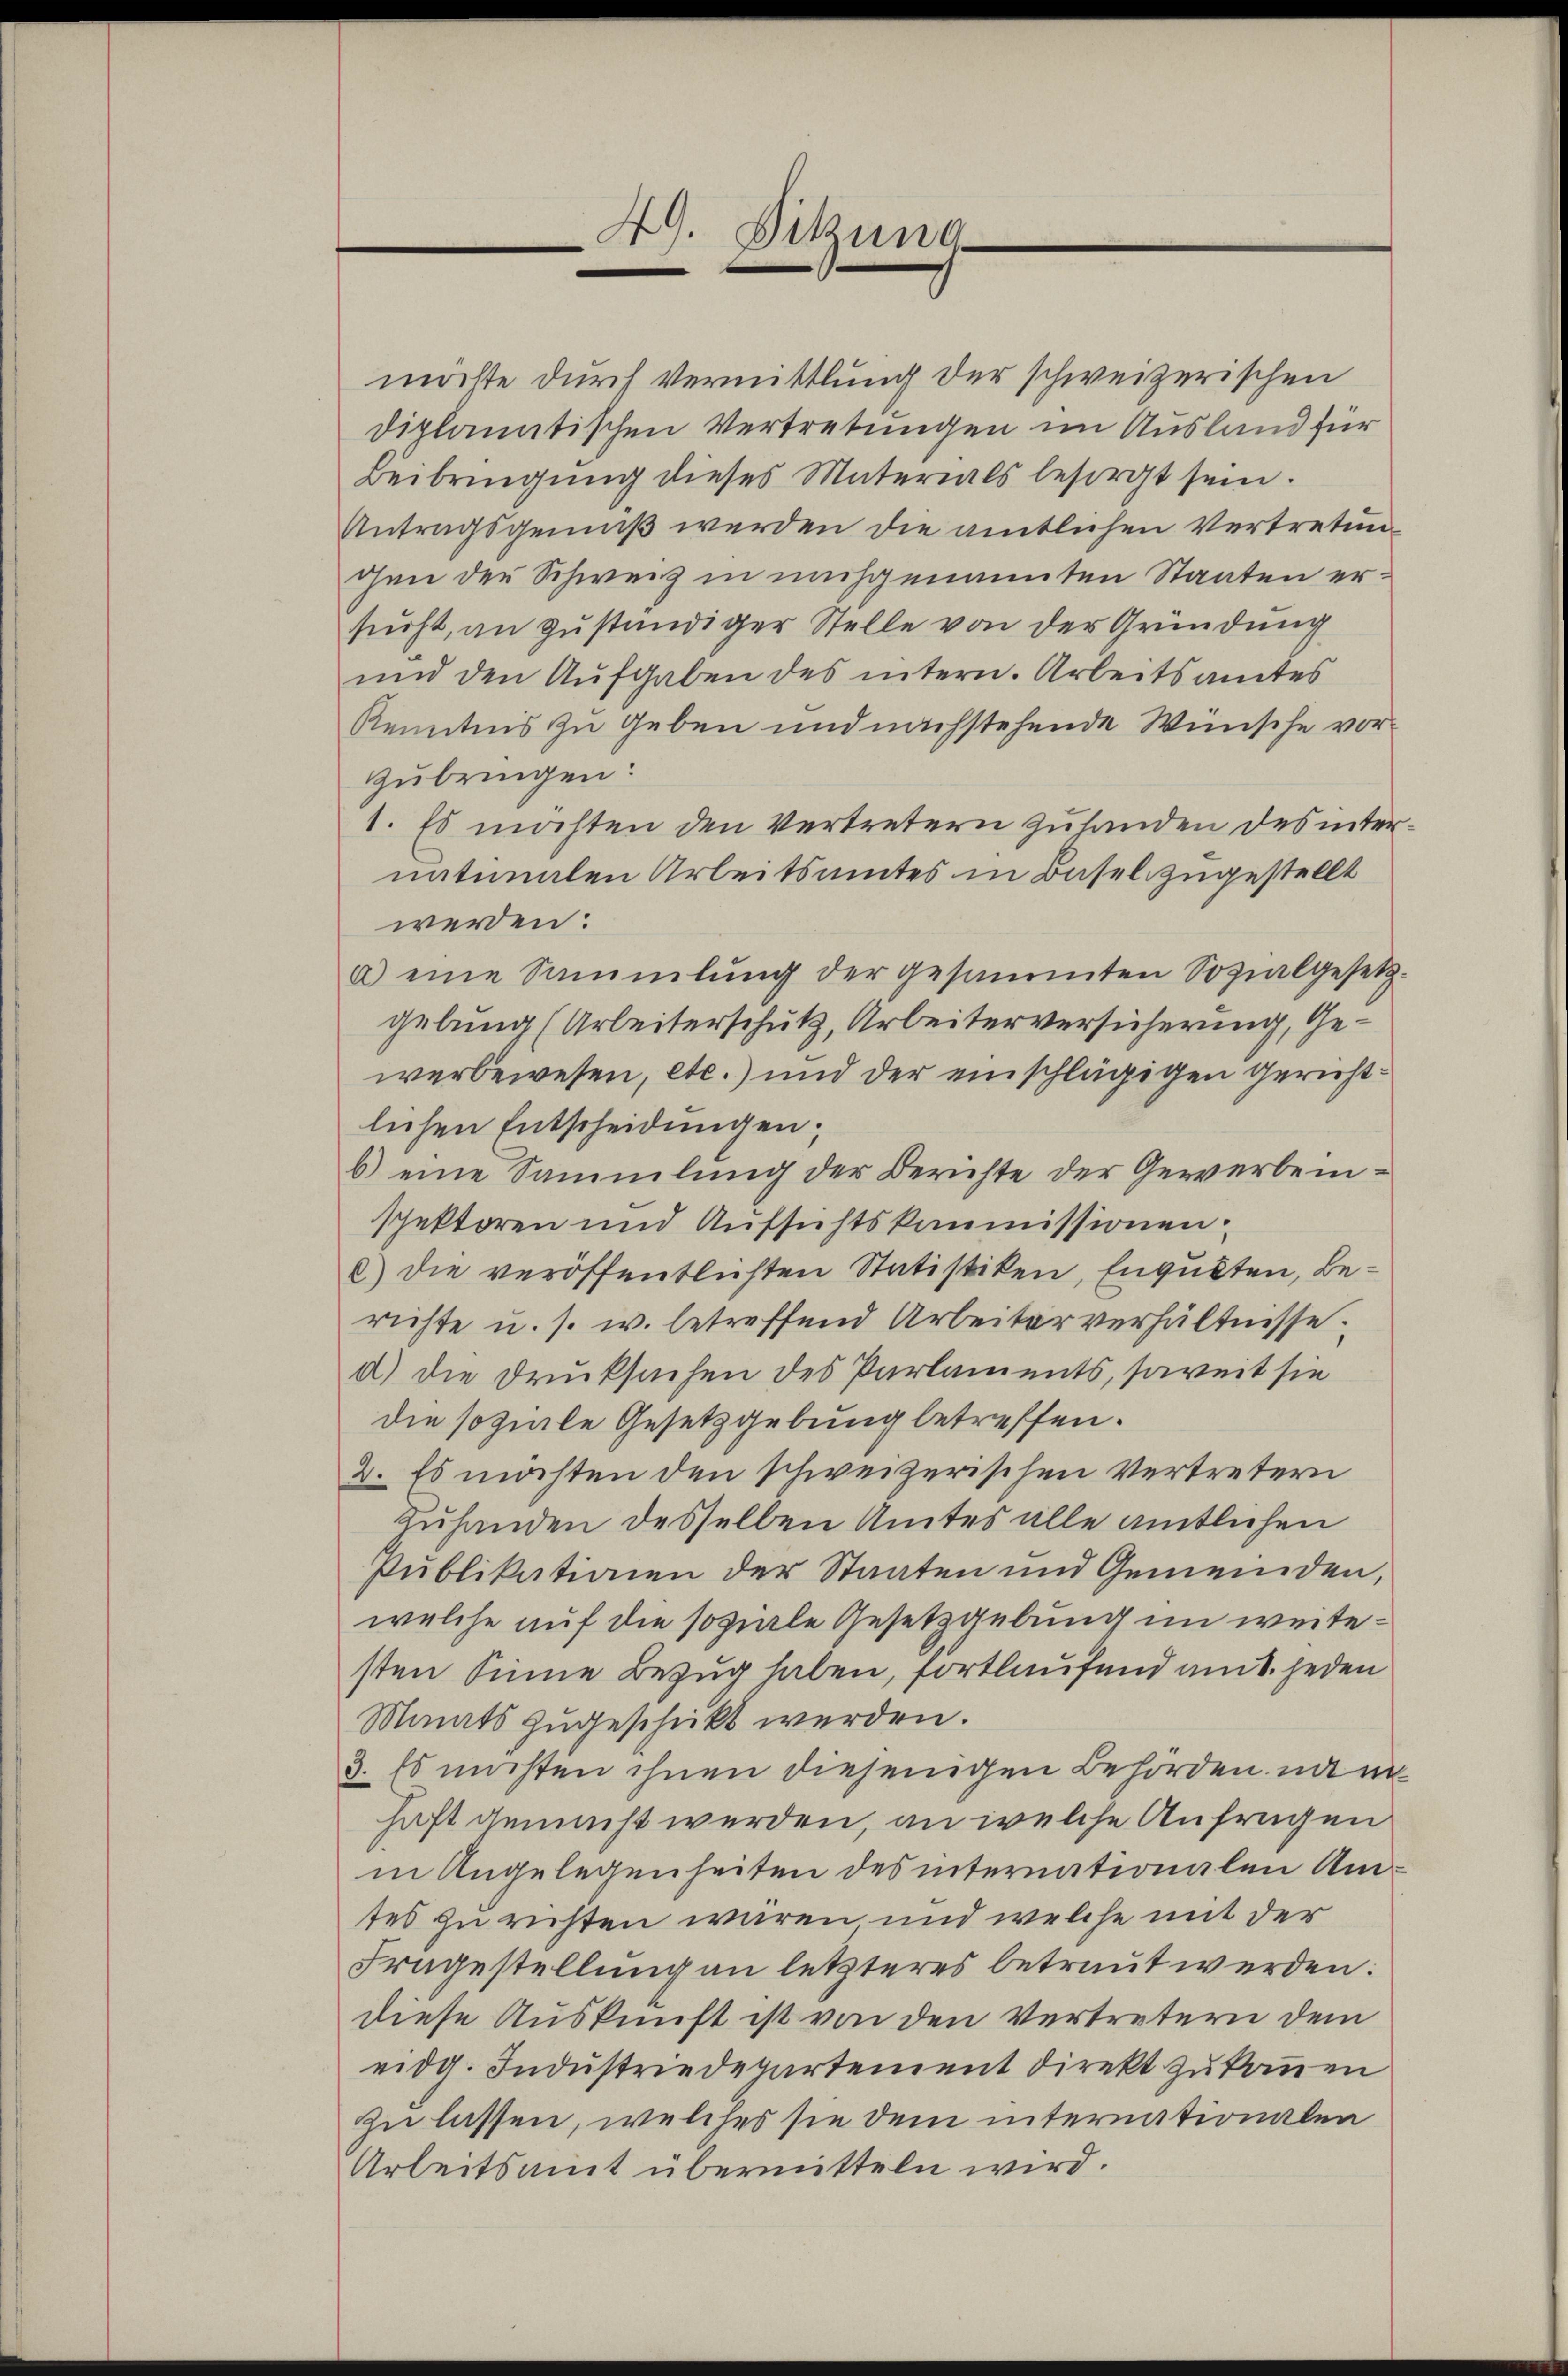
49. Sitzung

möchte durch Vermittlung der schweizerischen
diplomatischen Vertretungen im Ausland für
Beibringung dieses Materials besorgt sein.
Antragsgemäß werden die amtlichen Vertretunohen der Schweiz in nachgenannten Staaten ersucht, an zuständiger Stelle von der Gründung
und den Aufgaben des intern. Arbeitsamtes
Kenntnis zu geben und nachstehende Wünsche vorzubringen:
1. Es möchten den Vertretern zuhanden des inter
natialen Arbeitsamtes in Basel zugestellt
werden:
a) eine Sammlung der gesammten Sozialgesetz-
gebung (Arbeiterschutz, Arbeiterversicherung, Gewerbewesen, etc.) und der einschlägigen Gerichtlichen Entscheidungen;
b) eine Sammlung der Berichte der Gewerbeispektoren und Aufsichtskommissionen
c) die veröffentlichten Statistiken, Engukten, berichte u. s. w. betreffend Arbeiterverhältnisse
a) die Drucksachen des Parlaments, soweit sie
die soziale Gesetzgebung betreffen.
2. Es möchten den schweizerischen Vertretern
Zuhanden desselben Amtes alle amtlichen
Publikationen der Staaten und Gemeinden,
welche auf die soziale Gesetzgebung im weitesten Sinne Bezug haben, fortlaufend amt. jeden
Manats zugeschickt werden.
3. Es müßten ihnen diejenigen Behörden nam
haft gemacht werden, an welche Anfragen
in Angelegenheiten des internationalen Um-
tes zu richten wären und welche mit der
Fragestellung an letzteres betraut werden.
diese Auskunft ist von den Vertretern dem
eidg. Industriedepartement direkt zukommen
zu lassen, welches sie dem internationalen
Arbeitsamt übermitteln wird.